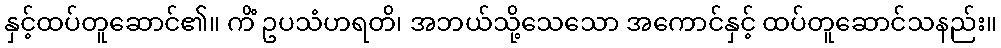
နှင့်ထပ်တူဆောင်၏။ ကိံ ဥပသံဟရတိ၊ အဘယ်သို့သေသော အကောင်နှင့် ထပ်တူဆောင်သနည်း။